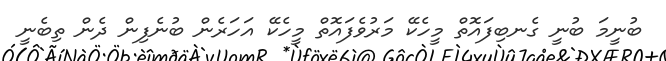
ބުނީމަ ބުނީ ގެނބިފައޮތް މީހެކޭ މަރުވެފައޮތް މީހެކޭ އަހަރެން ބުނެފިން ދެން ތިބެނީ